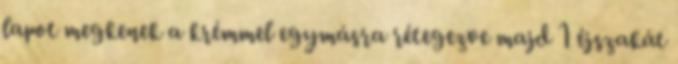
lapot megkenek a krémmel egymásra rétegezve majd 1 éjszakát